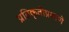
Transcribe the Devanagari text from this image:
प्रतिकृतींप्रमाणे